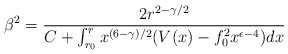
\begin{align*}\beta^2 = \frac{2 r^{2- \gamma /2}}{C + \int_{r_0}^{r} x^{(6- \gamma )/2} (V(x) - f_0^2 x^{\epsilon -4} ) dx }\end{align*}